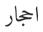
احجار